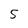
Character: 5